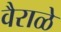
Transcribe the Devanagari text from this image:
वैराळे